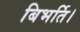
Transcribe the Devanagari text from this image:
बिभर्ति।